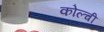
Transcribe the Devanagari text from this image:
कोल्ची